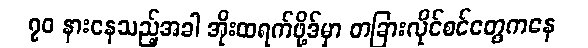
၇၀ နားနေသည့်အခါ အိုးထရက်ဖို့ဒ်မှာ တခြားလိုင်စင်တွေကနေ